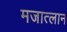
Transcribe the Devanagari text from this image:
मजात्लान